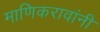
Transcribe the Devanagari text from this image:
माणिकरावांनी